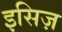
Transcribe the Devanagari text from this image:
इसिज़